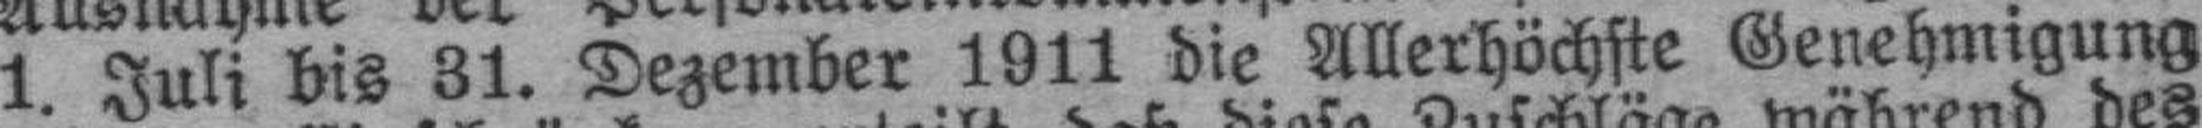
1. Juli bis 31. Dezember 1911 die Allerhöchste Genehmigung